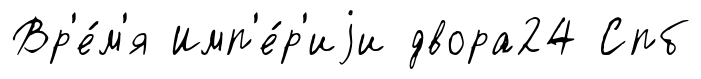
Вр'е́м'я Имп'е́р'иjи двора24 Спб